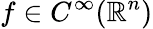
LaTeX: f\in C^{\infty}(\mathbb{R}^{n})